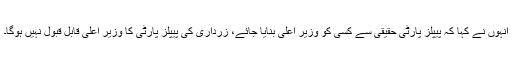
انہوں نے کہا کہ پیپلز پارٹی حقیقی سے کسی کو وزیر اعلیٰ بنایا جائے، زرداری کی پیپلز پارٹی کا وزیر اعلیٰ قابل قبول نہیں ہوگا۔